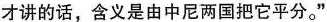
才讲的话，含义是由中尼两国把它平分。”